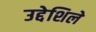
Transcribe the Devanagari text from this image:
उद्देशिले